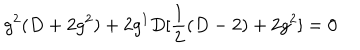
g ^ { 2 } ( D + 2 g ^ { 2 } ) + 2 g ^ { 1 } D [ \frac { 1 } { 2 } ( D - 2 ) + 2 g ^ { 2 } ] = 0